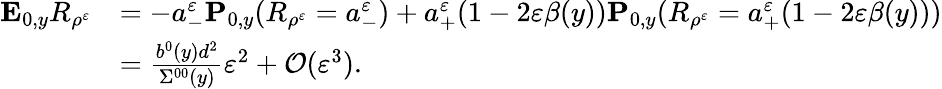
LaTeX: \begin{array}{rl}{\mathbf{E}_{0,y}R_{\rho^{\varepsilon}}}&{=-a_{-}^{\varepsilon}\mathbf{P}_{0,y}(R_{\rho^{\varepsilon}}=a_{-}^{\varepsilon})+a_{+}^{\varepsilon}(1-2\varepsilon\beta(y))\mathbf{P}_{0,y}(R_{\rho^{\varepsilon}}=a_{+}^{\varepsilon}(1-2\varepsilon\beta(y)))}\\ &{=\frac{b^{0}(y)d^{2}}{\Sigma^{00}(y)}\varepsilon^{2}+\mathcal O(\varepsilon^{3}).}\end{array}